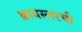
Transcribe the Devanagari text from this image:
क्रायस्लरची